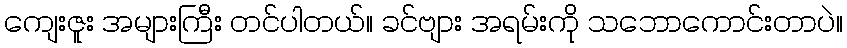
ကျေးဇူး အများကြီး တင်ပါတယ်။ ခင်ဗျား အရမ်းကို သဘောကောင်းတာပဲ။